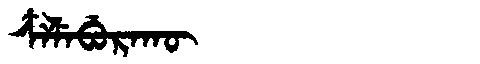
Manchu: ᠴᠶᠯᡝᠪᡠᡵᠠᡴᡡ
Romanization: CYLEBURAKŪ